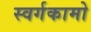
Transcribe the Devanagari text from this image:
स्वर्गकामो